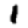
Digit: 1